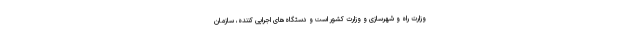
وزارت راه و شهرسازی و وزارت کشور است و دستگاه‌های اجرایی کننده، سازمان